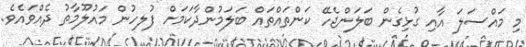
މި މައްސަލަ އާއި ގުޅިގެން ބަލަންޖެހޭ ކަންތައްތައް ބަލަމުންދާކަމަށް ފުލހުން މައުލޫމާތު ދެއްވައެވެ.